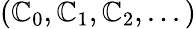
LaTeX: (\mathbb{C}_{0},\mathbb{C}_{1},\mathbb{C}_{2},...)